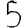
Digit: 5